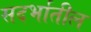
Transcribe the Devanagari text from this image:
सदर्भातील